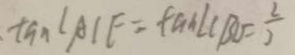
\tan \angle A C E = \tan \angle C B D = \frac { 2 } { 3 }